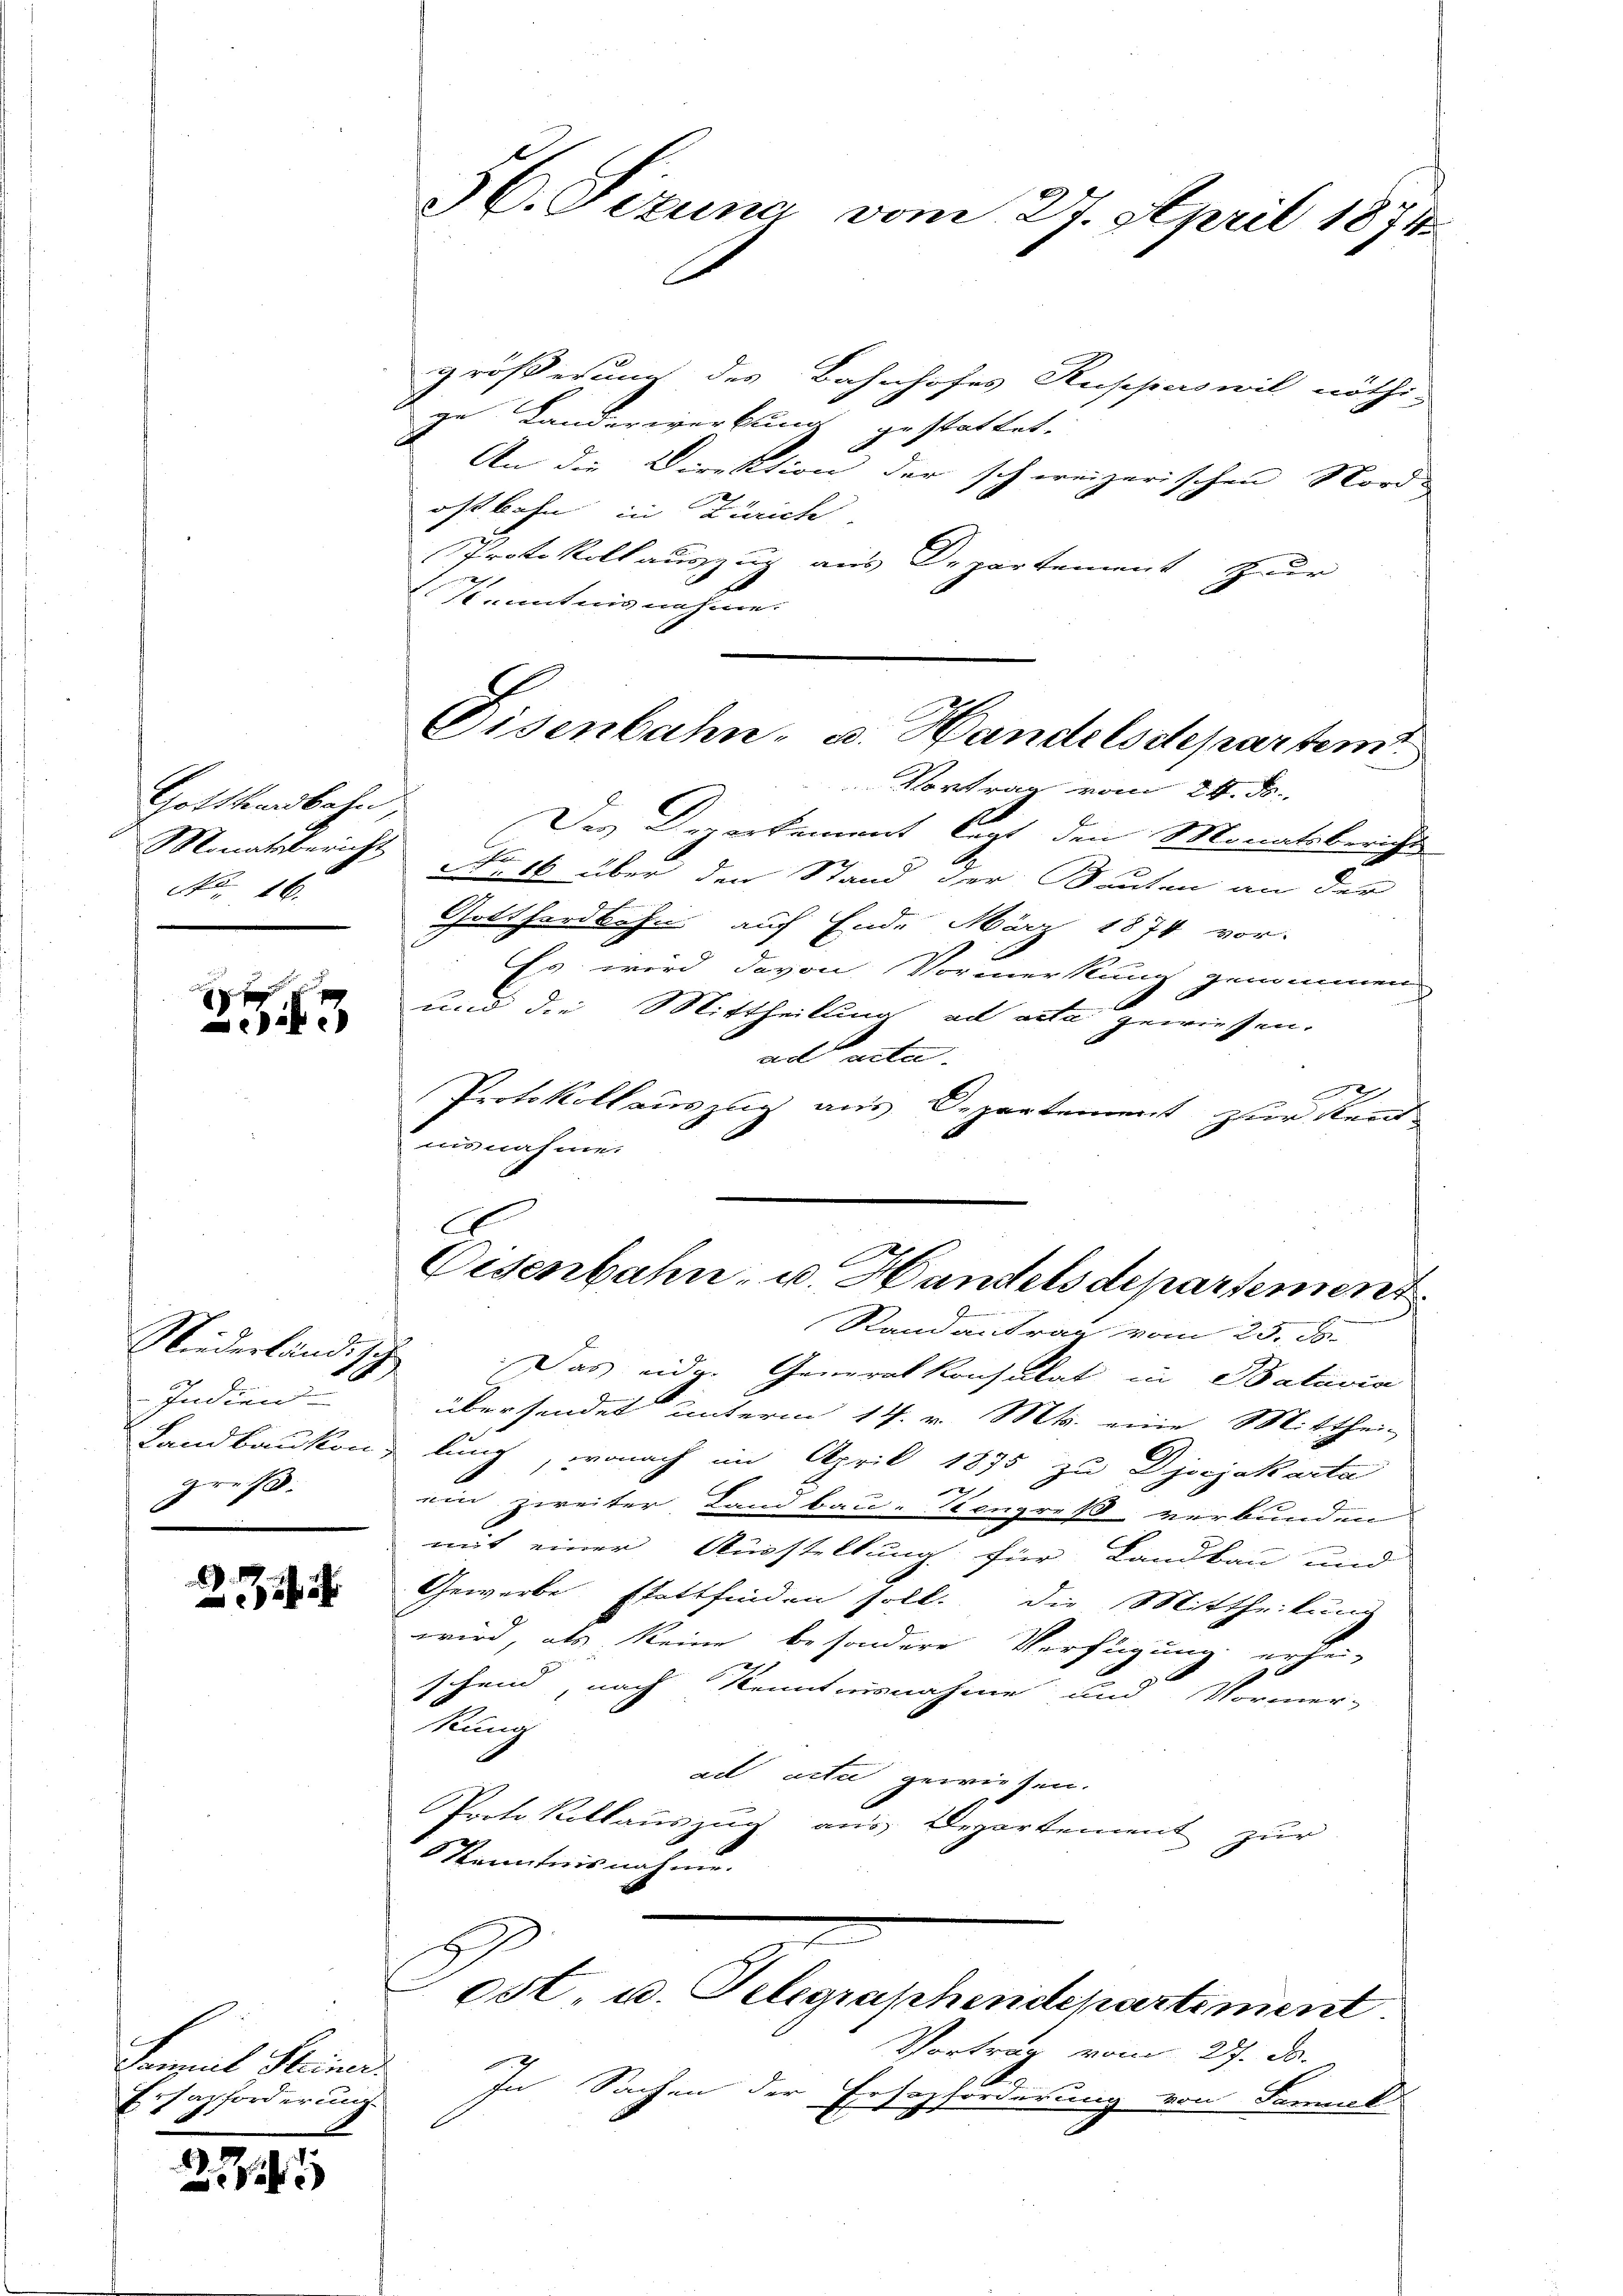
Gotthardbahn,
Monatsbericht
No 16.

x
3

Niederländische
Penden
groß.

Samnal Steiner
Erzapforderung.

2

36. Fezuna vom 27. April 1874

größerung des Bahnhofes Ruschen mit nöthi
ge Landerwerkung gestattet.
An die Direktion der schweizerischen Nord-
ostbahn in Zürich
Protokoll auszug aus Departement zur
Kenntnisnahme.
Vortrag vom 24. ds.
Der Departement legt den Monatsberichts-
No. 16 über den Stand der Sauten an der
Gotthardbahn auf Ende März 1874 vor-
Ess wird davon Vormerkung genommen
und die Mittheilung ad acta gewiessen.
ad acta.
A
Protokollauszug aus Departement zur Kenntnisnahme.
A
Eisenbahn- u. Handelsdepartement
Randantrag vom 25. ds.
Das eidg. Generalkonsulat in Batavia
übersendet unterm 14. v. Mts. eine Mitthei-
Landbaukon, lung, wonach im April 1875 zu Djosjakarta
.
ein zweiter Land bau-Congreß verbunden
mit einer Ausstellung für Landbau und
Gewerbe stattfinden soll. Die Mittheilung
wird, als keine besondere Verfügung erhü-
c
schend, nach Kenntnisnahme und Vormer-
Rung
ad acta gewiesen.
Portokollauszug aus Departement zur
Kenntnisnahme.
 est u. Telegraphendepartement.
Vortrag vom 27. ds.
In Sachen der Ersazforderung von Formal

Disenbahn, u. Handelsdepartem